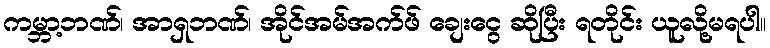
ကမ္ဘာ့ဘဏ်၊ အာရှဘဏ်၊ အိုင်အမ်အက်ဖ် ချေးငွေ ဆိုပြီး ရတိုင်း ယူလို့မရပါ။